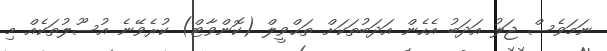
ނަމަވެސް ޖަލު އަދަބު އެހެން އަދަބުތަކަށް ތަޙްވީލް (ކޮންވާޓް) ކުރެވޭނެ އުސޫލުތަކެއް މި